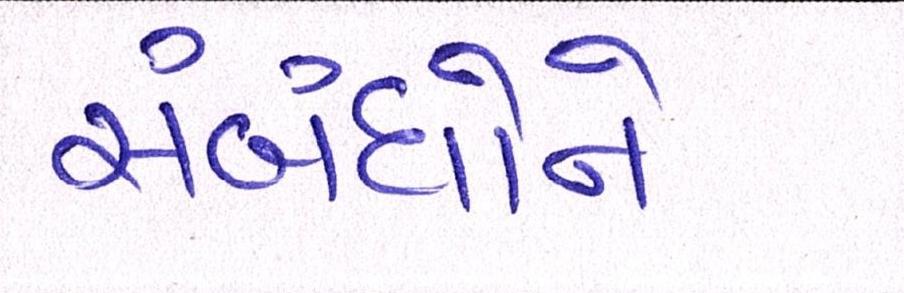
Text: સંબંધોને